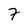
Character: 7